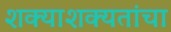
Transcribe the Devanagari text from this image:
शक्याशक्यतांचा